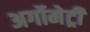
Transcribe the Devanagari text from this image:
अर्गोमेट्री